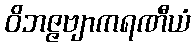
ဝိဘဇ္ဇဗျာကရဏီယံ